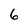
Character: 6